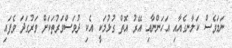
ނަމަވެސް ކަލާނގެއާއި އަހަންނާއި އޭރު އޮތް ގުޅުމަކީ އެކި ދުވަސްވަރުތަކަށް ވަރުގަދަ ވެފައި